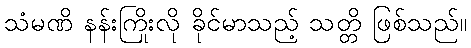
သံမဏိ နန်းကြိုးလို ခိုင်မာသည့် သတ္တိ ဖြစ်သည်။